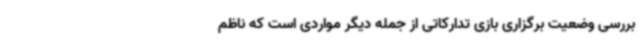
بررسی وضعیت برگزاری بازی تدارکاتی از جمله دیگر مواردی است که ناظم